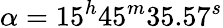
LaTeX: \alpha=15^{h}45^{m}35.57^{s}